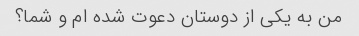
من به یکی از دوستان دعوت شده ام و شما؟